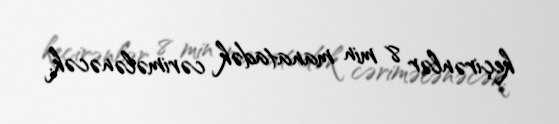
keçirənlər 8 min manatadək cərimələnəcək.